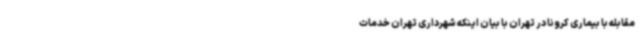
مقابله با بیماری کرونا در تهران با بیان اینکه شهرداری تهران خدمات